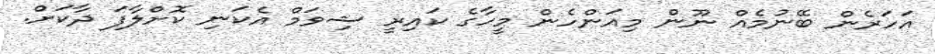
އަހަރެން ބޭނުމެއް ނޫން މިއަންހެން މީހާގެ ކައިރީ ޝިވަމް އެކަނި ކޮށްލާފަ ދާކަށް.